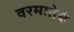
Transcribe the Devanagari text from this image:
वरमातेचे